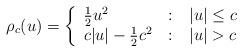
LaTeX: \begin{align*} \rho_c(u)=\left\{\begin{array}{l@{\quad:\quad}l}\frac{1}{2}u^2& \vert u\vert \le c\\ c\vert u\vert-\frac{1}{2}c^2 &\vert u\vert > c\\\end{array}\right.\end{align*}